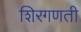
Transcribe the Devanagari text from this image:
शिरगणती